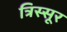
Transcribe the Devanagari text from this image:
त्रिस्सूर